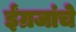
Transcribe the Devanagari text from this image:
ईंग्रजांचे